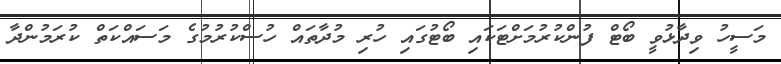
މަސީހު ވިދާޅުވީ ބޯޓް ފުންކުރުމަށްޓަކައި ބޯޓުގައި ހުރި މުދާތައް ހުސްކުރުމުގެ މަސައްކަތް ކުރަމުންދާ